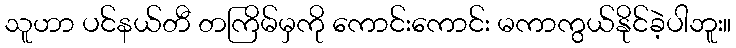
သူဟာ ပင်နယ်တီ တကြိမ်မှကို ကောင်းကောင်း မကာကွယ်နိုင်ခဲ့ပါဘူး။